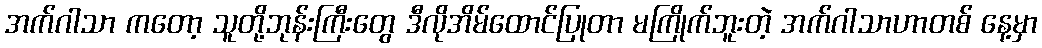
အက်ဂါသာ ကတော့ သူတို့ဘုန်းကြီးတွေ ဒီလိုအိမ်ထောင်ပြုတာ မကြိုက်ဘူးတဲ့ အက်ဂါသာဟာတစ် နေ့မှာ